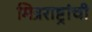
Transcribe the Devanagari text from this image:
मित्रराष्ट्रांची